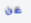
عن